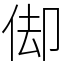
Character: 㑢